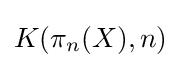
K(\pi _{n}(X),n)